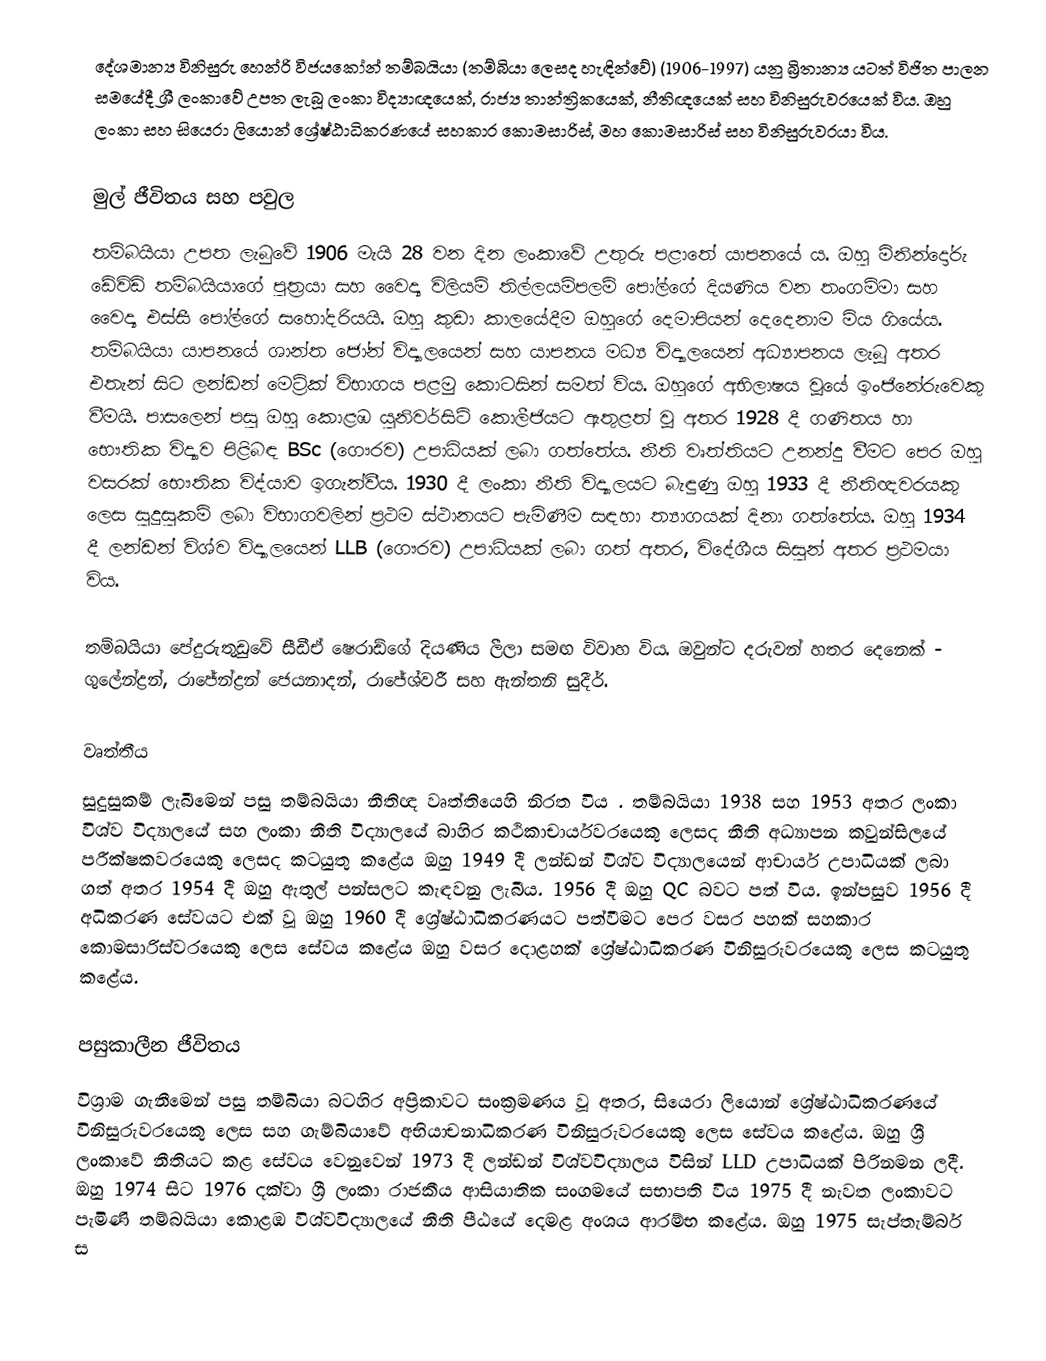
දේශමාන්‍ය විනිසුරු හෙන්රි විජයකෝන් තම්බයියා (තම්බියා ලෙසද හැඳින්වේ) (1906-1997) යනු බ්‍රිතාන්‍ය යටත් විජිත පාලන සමයේදී ශ්‍රී ලංකාවේ උපත ලැබූ ලංකා විද්‍යාඥයෙක්, රාජ්‍ය තාන්ත්‍රිකයෙක්, නීතිඥයෙක් සහ විනිසුරුවරයෙක් විය. ඔහු ලංකා සහ සියෙරා ලියොන් ශ්‍රේෂ්ඨාධිකරණයේ සහකාර කොමසාරිස්, මහ කොමසාරිස් සහ විනිසුරුවරයා විය.

මුල් ජීවිතය සහ පවුල
තම්බයියා උපත ලැබුවේ 1906 මැයි 28 වන දින ලංකාවේ උතුරු පළාතේ යාපනයේ ය.  ඔහු මිනින්දෝරු ඩේවිඩ් තම්බයියාගේ පුත්‍රයා සහ වෛද්‍ය විලියම් තිල්ලයම්පලම් පෝල්ගේ දියණිය වන තංගම්මා සහ වෛද්‍ය එස්සී පෝල්ගේ සහෝදරියයි. ඔහු කුඩා කාලයේදීම ඔහුගේ දෙමාපියන් දෙදෙනාම මිය ගියේය.  තම්බයියා යාපනයේ ශාන්ත ජෝන් විද්‍යාලයෙන් සහ යාපනය මධ්‍ය විද්‍යාලයෙන් අධ්‍යාපනය ලැබූ අතර එතැන් සිට ලන්ඩන් මෙට්‍රික් විභාගය පළමු කොටසින් සමත් විය.   ඔහුගේ අභිලාෂය වූයේ ඉංජිනේරුවෙකු වීමයි. පාසලෙන් පසු ඔහු කොළඹ යුනිවර්සිටි කොලීජියට ඇතුළත් වූ අතර 1928 දී ගණිතය හා භෞතික විද්‍යාව පිළිබඳ BSc (ගෞරව) උපාධියක් ලබා ගත්තේය.   නීති වෘත්තියට උනන්දු වීමට පෙර ඔහු වසරක් භෞතික විද්යාව ඉගැන්වීය. 1930 දී ලංකා නීති විද්‍යාලයට බැඳුණු ඔහු 1933 දී නීතිඥවරයකු ලෙස සුදුසුකම් ලබා විභාගවලින් ප්‍රථම ස්ථානයට පැමිණීම සඳහා ත්‍යාගයක් දිනා ගත්තේය.   ඔහු 1934 දී ලන්ඩන් විශ්ව විද්‍යාලයෙන් LLB (ගෞරව) උපාධියක් ලබා ගත් අතර, විදේශීය සිසුන් අතර ප්‍රථමයා විය.

තම්බයියා පේදුරුතුඩුවේ සීඩීඒ ෂෙරාඩ්ගේ දියණිය ලීලා සමඟ විවාහ විය. ඔවුන්ට දරුවන් හතර දෙනෙක් - ගුලේන්ද්‍රන්, රාජේන්ද්‍රන් ජෙයනාදන්, රාජේශ්වරී සහ ඇන්තනි සුදීර්.

වෘත්තීය
සුදුසුකම් ලැබීමෙන් පසු තම්බයියා නීතිඥ වෘත්තියෙහි නිරත විය . තම්බයියා 1938 සහ 1953 අතර ලංකා විශ්ව විද්‍යාලයේ සහ ලංකා නීති විද්‍යාලයේ බාහිර කථිකාචාර්යවරයෙකු ලෙසද නීති අධ්‍යාපන කවුන්සිලයේ පරීක්ෂකවරයෙකු ලෙසද කටයුතු කළේය    ඔහු 1949 දී ලන්ඩන් විශ්ව විද්‍යාලයෙන් ආචාර්ය උපාධියක් ලබා ගත් අතර 1954 දී ඔහු ඇතුල් පන්සලට කැඳවනු ලැබීය.   1956 දී ඔහු QC බවට පත් විය.   ඉන්පසුව 1956 දී අධිකරණ සේවයට එක් වූ ඔහු 1960 දී ශ්‍රේෂ්ඨාධිකරණයට පත්වීමට පෙර වසර පහක් සහකාර කොමසාරිස්වරයෙකු ලෙස සේවය කළේය  ඔහු වසර දොළහක් ශ්‍රේෂ්ඨාධිකරණ විනිසුරුවරයෙකු ලෙස කටයුතු කළේය.

පසුකාලීන ජීවිතය
විශ්‍රාම ගැනීමෙන් පසු තම්බියා බටහිර අප්‍රිකාවට සංක්‍රමණය වූ අතර, සියෙරා ලියොන් ශ්‍රේෂ්ඨාධිකරණයේ විනිසුරුවරයෙකු ලෙස සහ ගැම්බියාවේ අභියාචනාධිකරණ විනිසුරුවරයෙකු ලෙස සේවය කළේය.  ඔහු ශ්‍රී ලංකාවේ නීතියට කළ සේවය වෙනුවෙන් 1973 දී ලන්ඩන් විශ්වවිද්‍යාලය විසින් LLD උපාධියක් පිරිනමන ලදී.  ඔහු 1974 සිට 1976 දක්වා ශ්‍රී ලංකා රාජකීය ආසියාතික සංගමයේ සභාපති විය  1975 දී නැවත ලංකාවට පැමිණි තම්බයියා කොළඹ විශ්වවිද්‍යාලයේ නීති පීඨයේ දෙමළ අංශය ආරම්භ කළේය.  ඔහු 1975 සැප්තැම්බර් ස